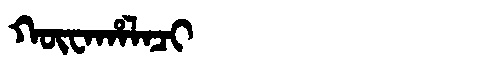
Manchu: ᡴᡡᠸᠠᡥᠠᠯᠠᠴᡳ
Romanization: KŪWAHALACI